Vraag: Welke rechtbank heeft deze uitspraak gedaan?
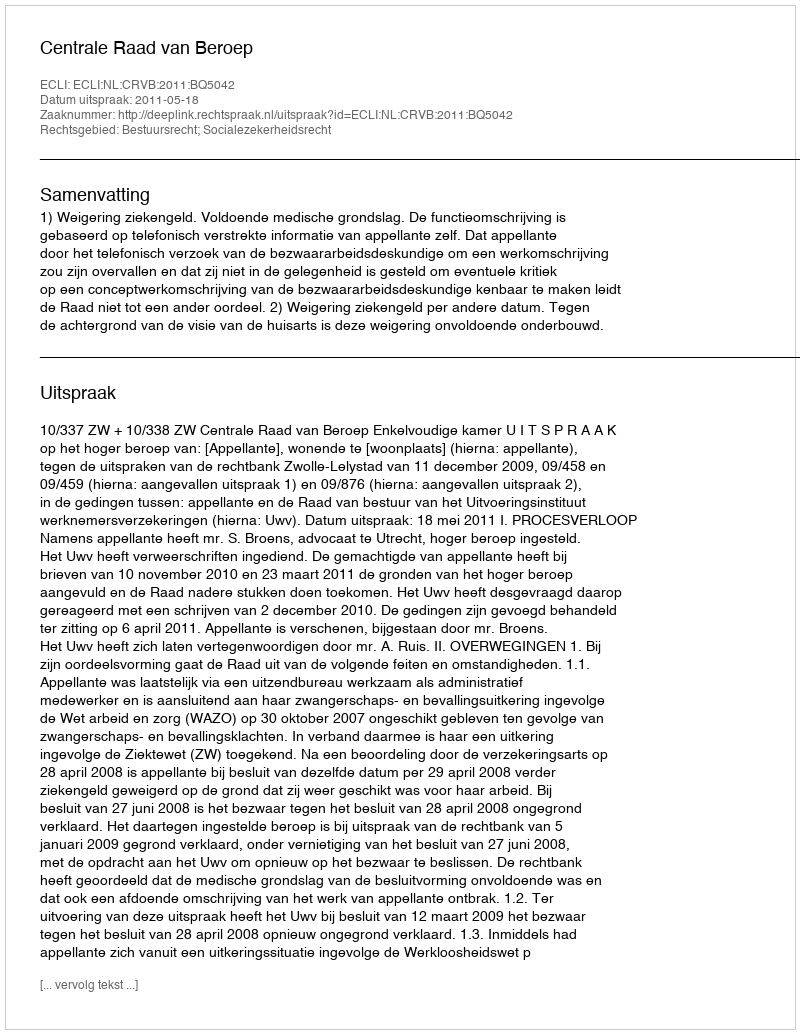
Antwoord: Centrale Raad van Beroep